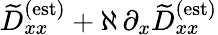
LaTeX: \widetilde{D}_{xx}^{\textrm{(est)}}+\aleph\, \partial_{x}\widetilde{D}_{xx}^{\textrm{(est)}}